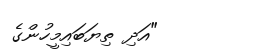
"އަދި ތިޔަބައިމީހުންގެ